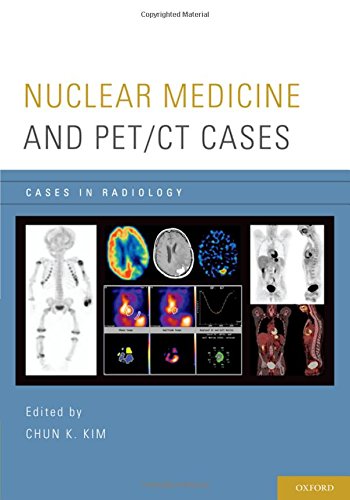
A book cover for Nuclear Medicine and PET/CT Cases (Cases in Radiology); Medical Books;